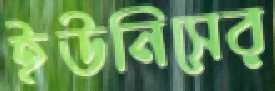
ইউনিসের